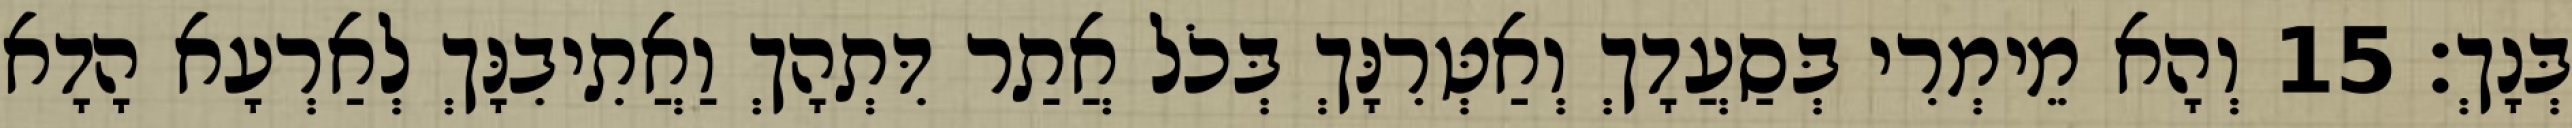
בְּנָךְ׃ 15 וְהָא מֵימְרִי בְּסַעֲדָךְ וְאַטְּרִנָּךְ בְּכֹל אֲתַר דִּתְהָךְ וַאֲתִיבִנָּךְ לְאַרְעָא הָדָא